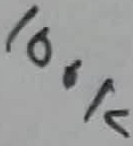
Text: 100K